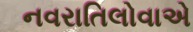
નવરાતિલોવાએ